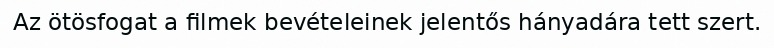
Az ötösfogat a filmek bevételeinek jelentős hányadára tett szert.